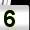
Digit: 5